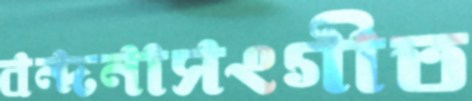
বন্দনাসংগীত